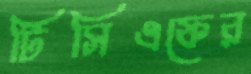
টিসিএফের